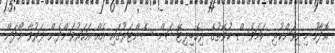
އޮދާހު މިނިވަންކުރި ނަމަވެސް ކުވޭތުގެ ރިހެބިލިޓޭޝަން ސެންޓަރުގައި އެއް އަހަރުވަންދެން ފަރުވާ ހޯދަން